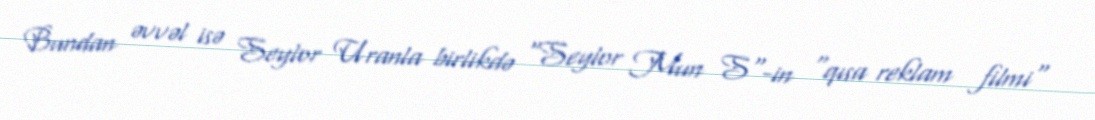
Bundan əvvəl isə Seylor Uranla birlikdə "Seylor Mun S"-in "qısa reklam filmi"